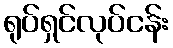
ရုပ်ရှင်လုပ်ငန်း